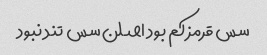
سس قرمز کم بود اصلن سس تند نبود